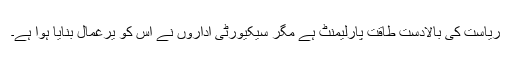
ریاست کی بالادست طاقت پارلیمنٹ ہے مگر سیکیورٹی اداروں نے اس کو یرغمال بنایا ہوا ہے۔